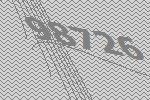
98726